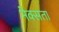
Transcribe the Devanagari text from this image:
नेक्सता